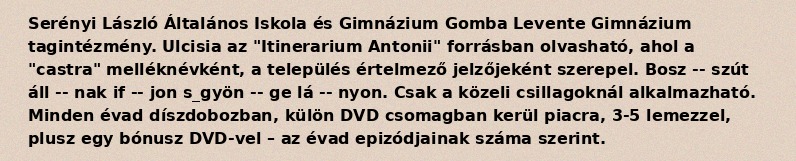
Serényi László Általános Iskola és Gimnázium Gomba Levente Gimnázium tagintézmény. Ulcisia az "Itinerarium Antonii" forrásban olvasható, ahol a "castra" melléknévként, a település értelmező jelzőjeként szerepel. Bosz -- szút áll -- nak if -- jon s_gyön -- ge lá -- nyon. Csak a közeli csillagoknál alkalmazható. Minden évad díszdobozban, külön DVD csomagban kerül piacra, 3-5 lemezzel, plusz egy bónusz DVD-vel – az évad epizódjainak száma szerint.